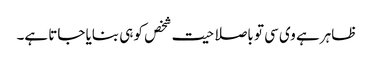
ظاہر ہے وی سی تو باصلاحیت شخص کو ہی بنایا جاتا ہے۔